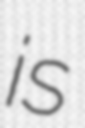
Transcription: is